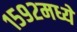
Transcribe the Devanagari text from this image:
१५९२मध्ये